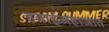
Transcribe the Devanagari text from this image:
हवाईजहाजात